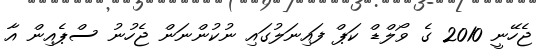
ޖެހޭނީ 2010 ގެ ވޯލްޑް ކަޕް ފައިނަލުގައި ނުކުންނަން ޖެހުނު ސްޕެއިން އާ